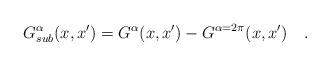
LaTeX: \begin{align*}G^{\alpha}_{sub}(x,x')=G^{\alpha}(x,x')-G^{\alpha =2\pi}(x,x')~~~.\end{align*}